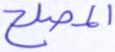
المصلح